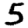
Digit: 5